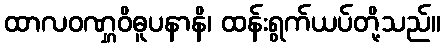
ထာလဝဏ္ဋဝိဓူပနာနိ၊ ထန်းရွက်ယပ်တို့သည်။